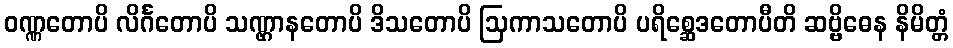
ဝဏ္ဏတောပိ လိင်္ဂတောပိ သဏ္ဌာနတောပိ ဒိသတောပိ ဩကာသတောပိ ပရိစ္ဆေဒတောပီတိ ဆဗ္ဗိဓေန နိမိတ္တံ